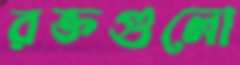
রক্তগুলো